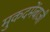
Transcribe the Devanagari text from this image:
मुकदमेंबाजी